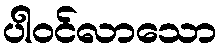
ပါဝင်လာသော